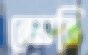
নেয়নি